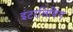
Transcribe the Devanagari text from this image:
इंटरलिविंग